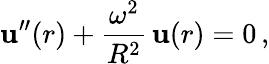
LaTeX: {\mathbf u}^{\prime\prime}(r)+\frac{\omega^{2}}{R^{2}}\, {\mathbf u}(r)=0\, {,}